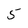
Character: 5